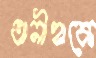
অনীহাকে